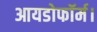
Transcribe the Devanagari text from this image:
आयडोफॉर्म।